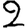
Digit: 2